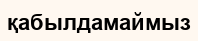
қабылдамаймыз